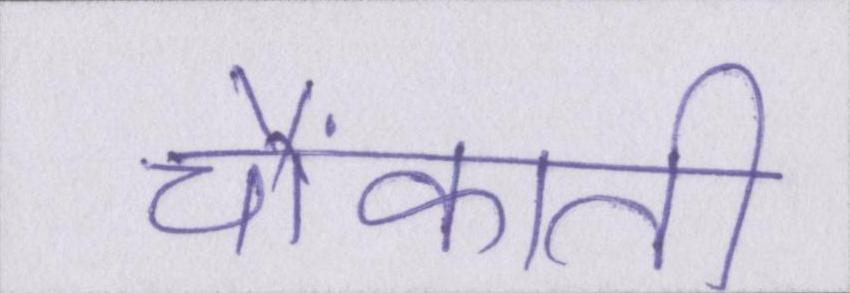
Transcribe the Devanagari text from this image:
चौंकाती